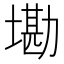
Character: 墈